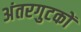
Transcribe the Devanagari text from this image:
अंतरगुटकों